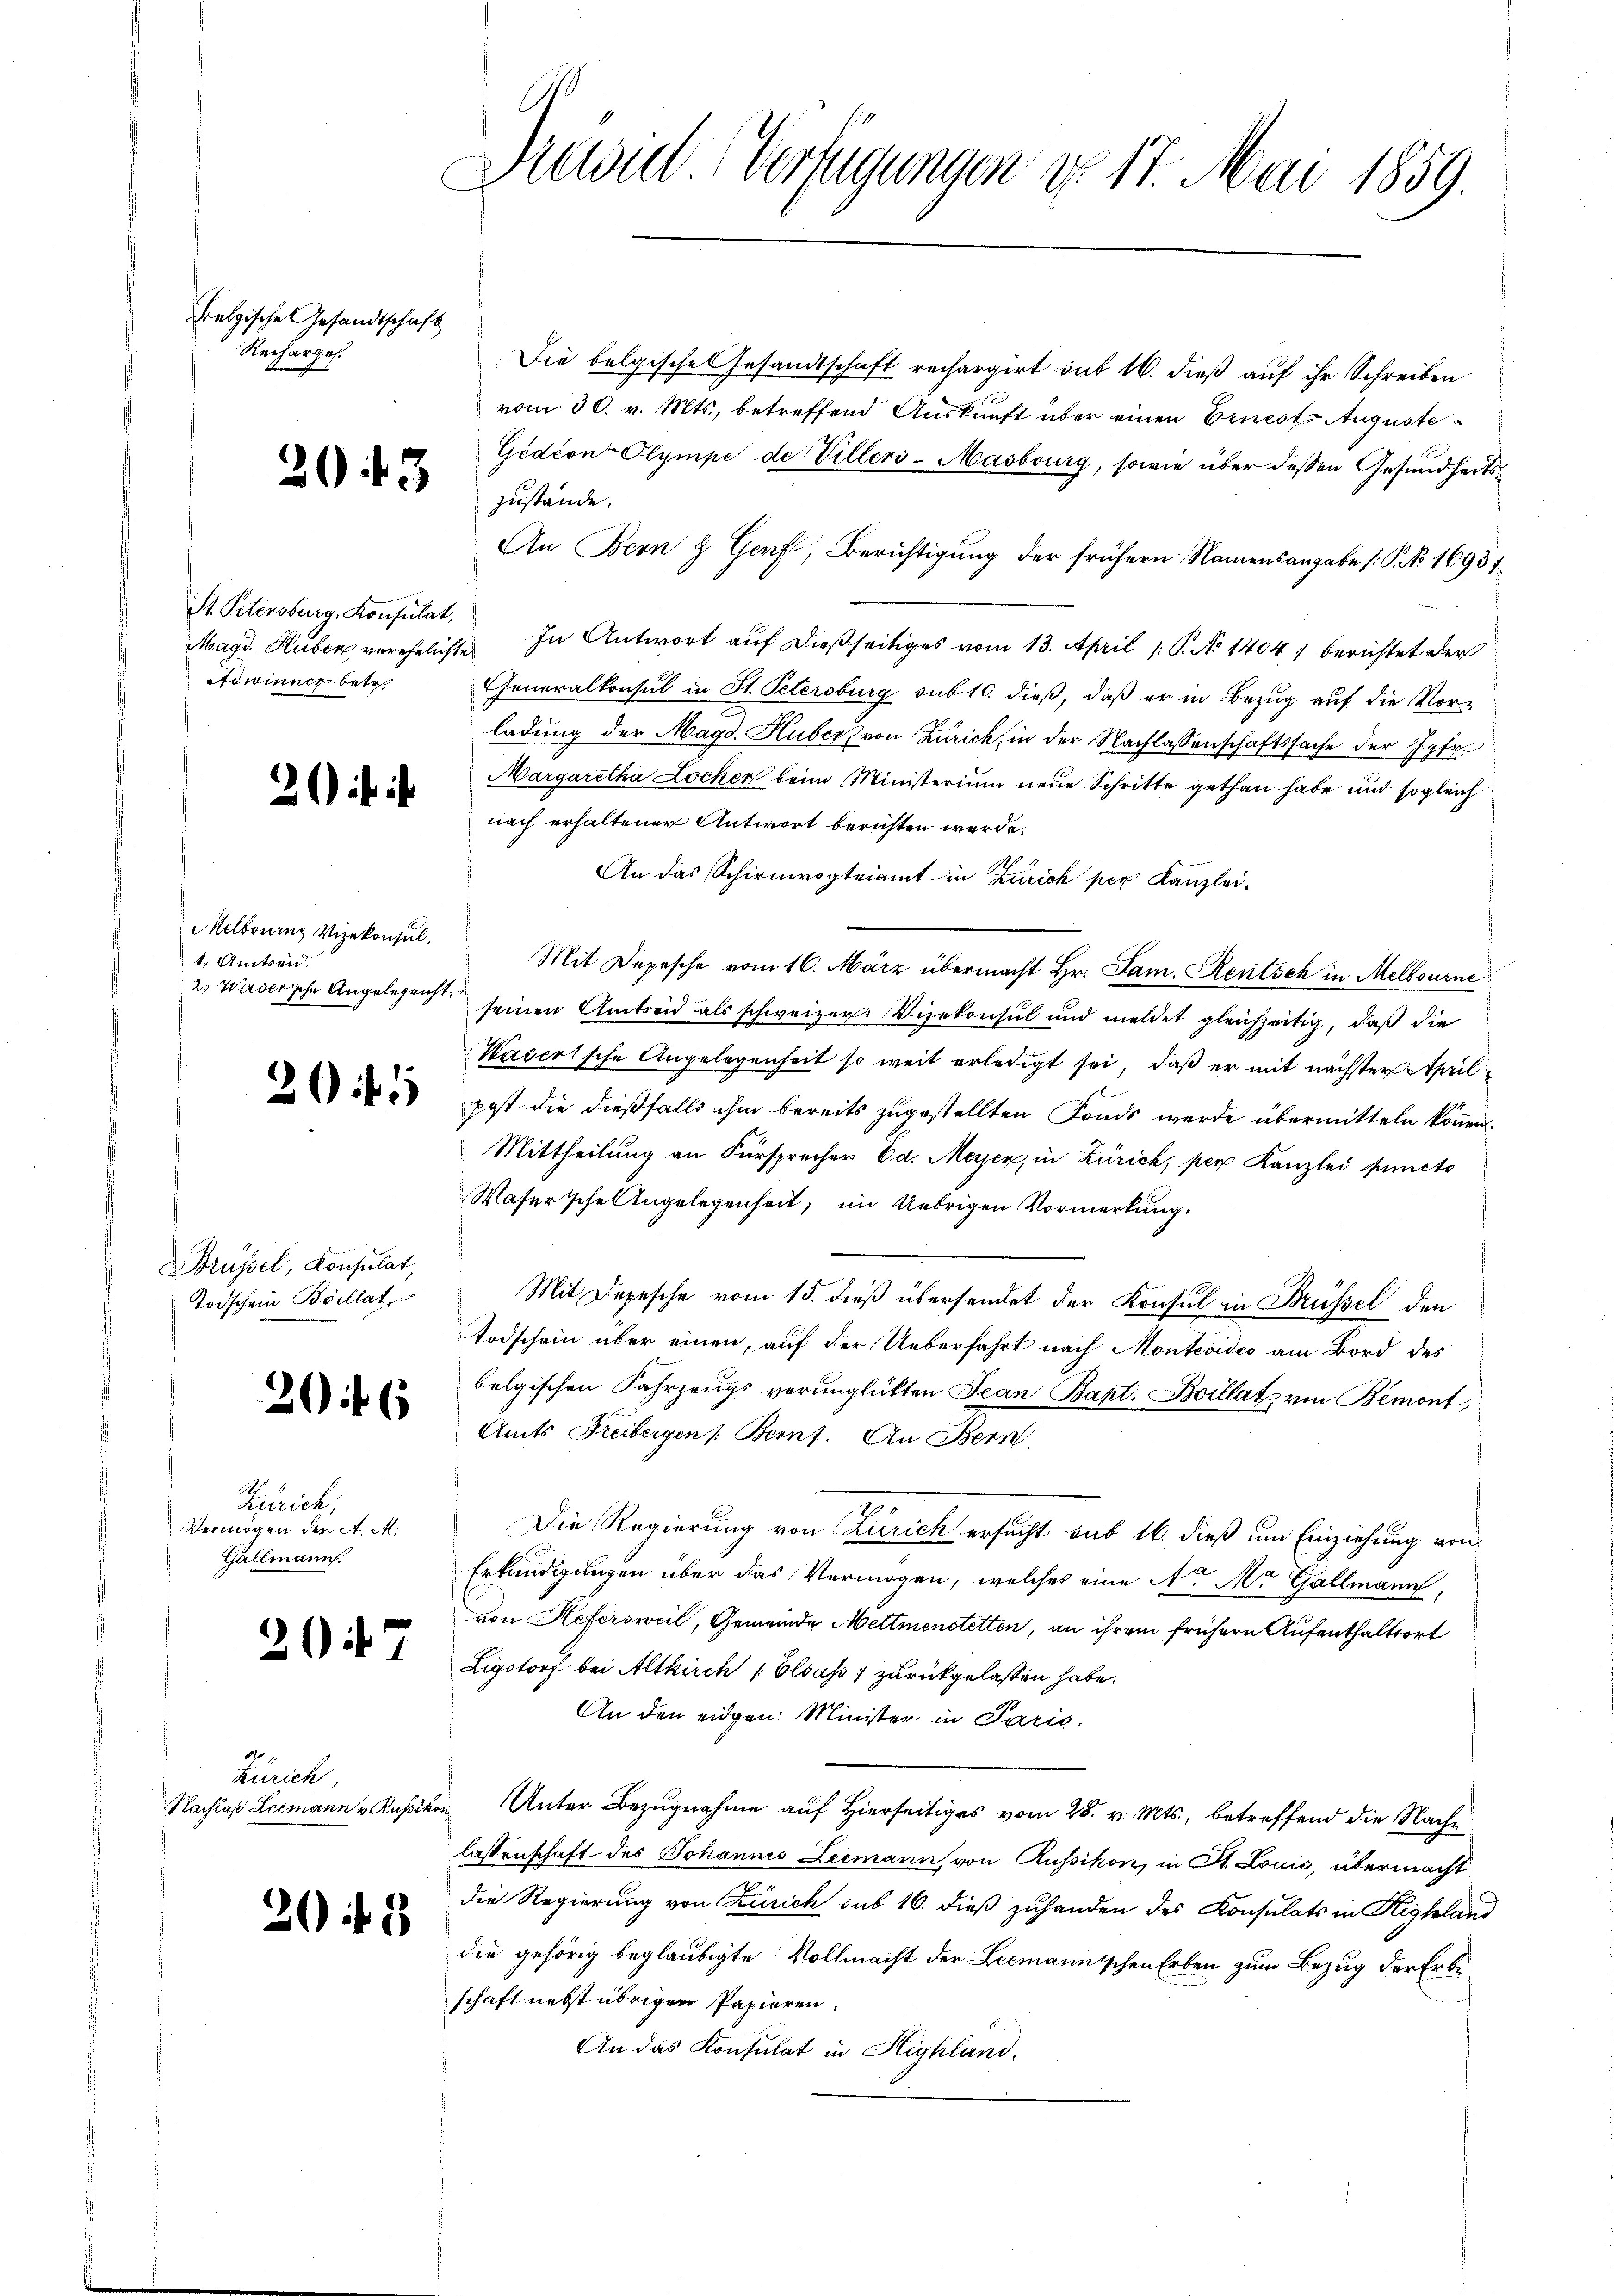
Belgische Gesandtschaft
Recharges.
Ahr

20 f 3

St. Petersburg, Konsulat,
Adwinner betr.

2

Melbournz Vizekonsul
t. Amtsen.
2.) Wasersche Angelegenst,

20 f 1

Brüssel, Konsulat,
Todschein Brillat,

20 f 6

Zürich,
Vermögen der A. M.
Gällmann.

207

Zürich

20 f 2

Previel Verfügungen No 17. Mai 1859.

Die belgischen Gesandtschaft rechargirt sub 16. dieß auf ihr Schreiben
vom 30. v. Mts., betreffend Auskunft über einen Ernests Auguste¬
Gedion- Olympe de Villers-Masbourg, sowie über dessen Gesundheitszustände.
An Bern & Genf, Berichtigung der frühern Namensangabe [P. No 16937.
Magd. Huber verehelichte In Antwort auf dießseitiges vom 13. April 1. P. No 1404, berichtet der
Generalkonsul in St. Petersburg sub 10. dieß, daß er in Bezug auf die Vorladung der Magd. Huber von Zürich, in der Nachlassenschaftssache der Jgfr.
Margaretha Locker beim Ministerium neue Schritte gethan habe und sogleich
nach erhaltener Antwort berichten werde.
An das Schirmvogteiamt in Zürich per Kanzlei-
Mit Depesche vom 16. März übermacht Hr. Jan. Rentsch in Melbourne
seinen Amtseid als schweizer Vizekonsul und meldet gleichzeitig, daß die
Kasertsche Angelegenheit so weit erledigt sei, daß er mit nächster April
e
post die dießfalls ihm bereits zugestellten Fonds werde übermitteln können.
Mittheilung an Fürsprecher Ed. Meyer, in Zürich, per Kanzlei Puncts
Wasersche Angelegenheit, im Uebrigen Vormerkung.
Mit Depesche vom 15. dieß übersendet der Konsul in Brüssel den
Todschein über einen, auf der Ueberfahrt nach Montevideo am Bord des
belgischen Fahrzeugs verunglükten Jean Bapt. Boillat von Bemont,
Amts Freibergen Bernt. An Bern,
Die Regierung von Zürich ersucht sub 16. dieß um Einziehung von
Erkundigungen über das Vermögen, welches eine No. Mr. Gallmann,
von Hefersweil, Gemeinde Mettmenstetten, an ihrem frühere Aufenthaltsort
Ligstorf bei Altkirch Elsass 1 zurückgelassen habe.
An den eidgen: Minister in Paris.
Nachlaß Leemann v. Kussikon. Unter Bezugnahme auf Hierseitiges vom 28. v. Mts., betreffend die Nachlassenschaft des Johannes Leemann von Russikon, in St. Louić, übermacht
die Regierung von Zürich sub 16. dieß zuhanden des Konsulats in Highland
die gehörig beglaubigte Vollmacht der Leemannischen Erben zum Bezug der Erbeschaft nebst übrigen Papieren.
An das Konsulat in Highland.